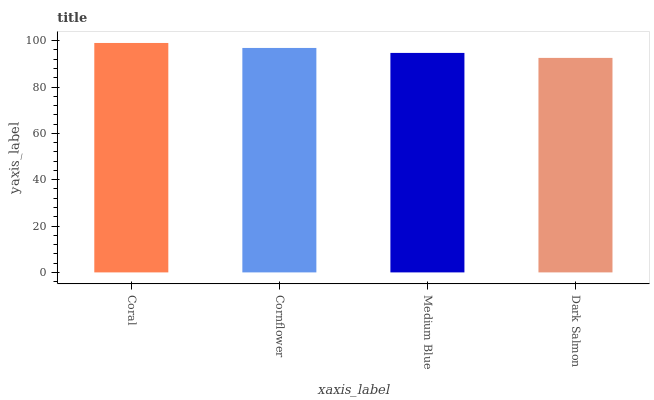
| xaxis_label | bars |
 | --- | --- |
 | Coral | 99 |
 | Cornflower | 96.9 |
 | Medium Blue | 94.7 |
 | Dark Salmon | 92.6 |